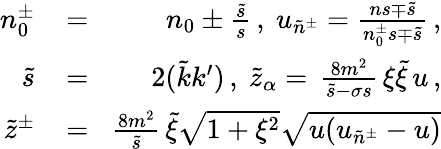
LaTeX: \begin{array}{rlr}{n_{0}^{\pm}\! }&{{}=}&{\! n_{0}\pm\frac{\tilde{s}}{s}\, ,\ u_{\tilde{n}^{\pm}}=\frac{ns\mp\tilde{s}}{n_{0}^{\pm}s\mp\tilde{s}}\, ,}\\ {\tilde{s}\! }&{{}=}&{\! 2(\tilde{k}k^{\prime})\, ,\ \tilde{z}_{\alpha}=\, \frac{8m^{2}}{\tilde{s}-\sigma s}\, \xi\tilde{\xi}\, u\, ,}\\ {\tilde{z}^{\pm}\! }&{{}=}&{\! \frac{8m^{2}}{\tilde{s}}\, \tilde{\xi}\sqrt{1+\xi^{2}}\sqrt{u(u_{\tilde{n}^{\pm}}-u)}}\end{array}